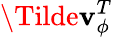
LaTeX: \Tilde{\mathbf{v}}_{\phi}^{T}